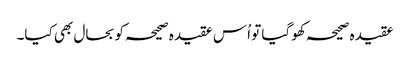
عقیدہ صحیحہ کھوگیا تو اُس عقیدہ صحیحہ کو بحال بھی کیا۔